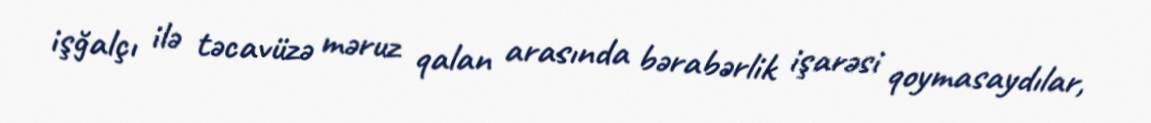
işğalçı ilə təcavüzə məruz qalan arasında bərabərlik işarəsi qoymasaydılar,